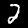
Digit: 2